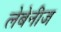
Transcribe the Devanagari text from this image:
लेबेनीज